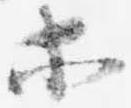
等